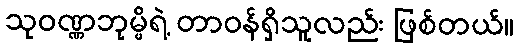
သုဝဏ္ဏဘုမ္မိရဲ့ တာဝန်ရှိသူလည်း ဖြစ်တယ်။